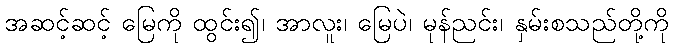
အဆင့်ဆင့် မြေကို ထွင်း၍၊ အာလူး၊ မြေပဲ၊ မုန်ညင်း၊ နှမ်းစသည်တို့ကို